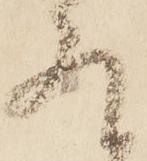
存